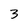
Character: 3